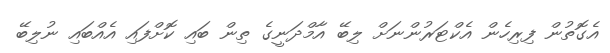
އެގޮތުން ފިރިހެން އެކްޓަރުންނަށް ލިބޭ އާމްދަނީގެ ތިން ބައި ކޮށްފައި އެއްބައި ނުލިބޭ